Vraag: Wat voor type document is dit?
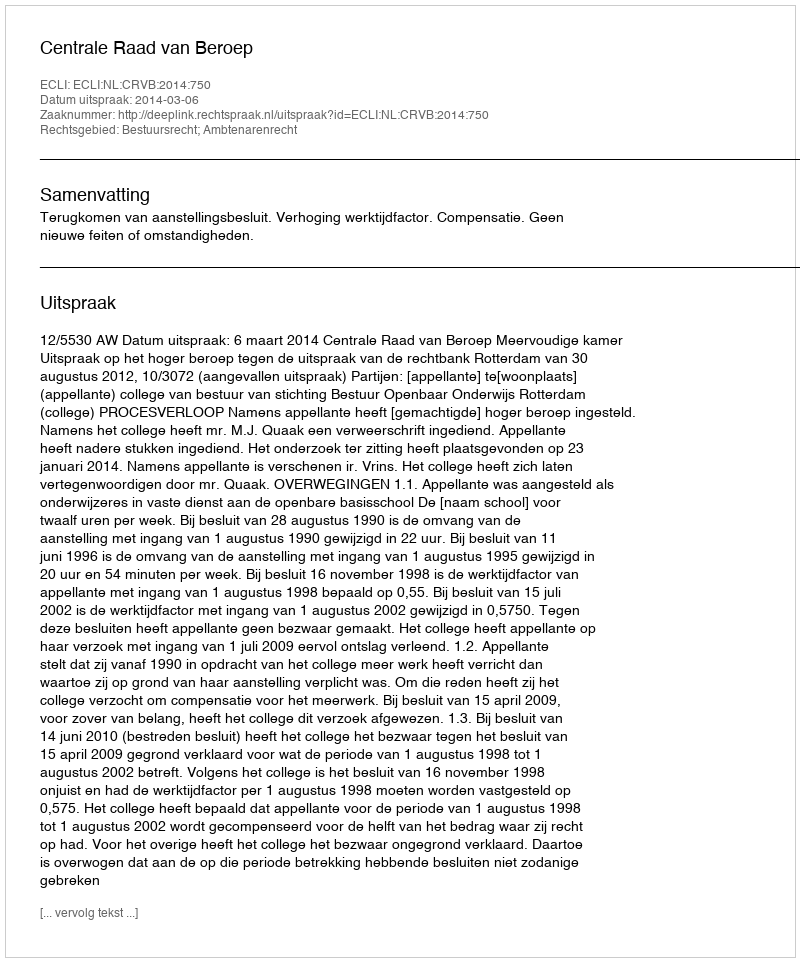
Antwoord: Uitspraak